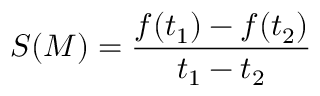
S ( M ) = \frac { f ( t _ { 1 } ) - f ( t _ { 2 } ) } { t _ { 1 } - t _ { 2 } }